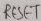
Text: RESET